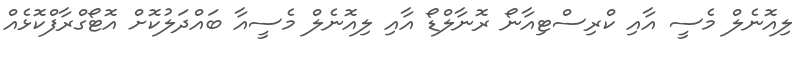
ލިއޮނެލް މެސީ އާއި ކްރިސްޓިއާނޯ ރޮނާލްޑޯ އާއި ލިއޮނެލް މެސީއާ ބައްދަލުކޮށް އޮޓޯގްރާފްކޮޅެއް